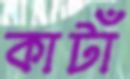
কাটাঁ